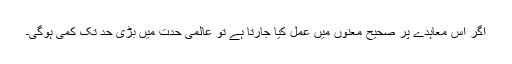
اگر اس معاہدے پر صحیح معنوں میں عمل کیا جارتا ہے تو عالمی حدت میں بڑی حد تک کمی ہوگی۔